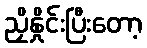
ညှိနှိုင်းပြီးတော့